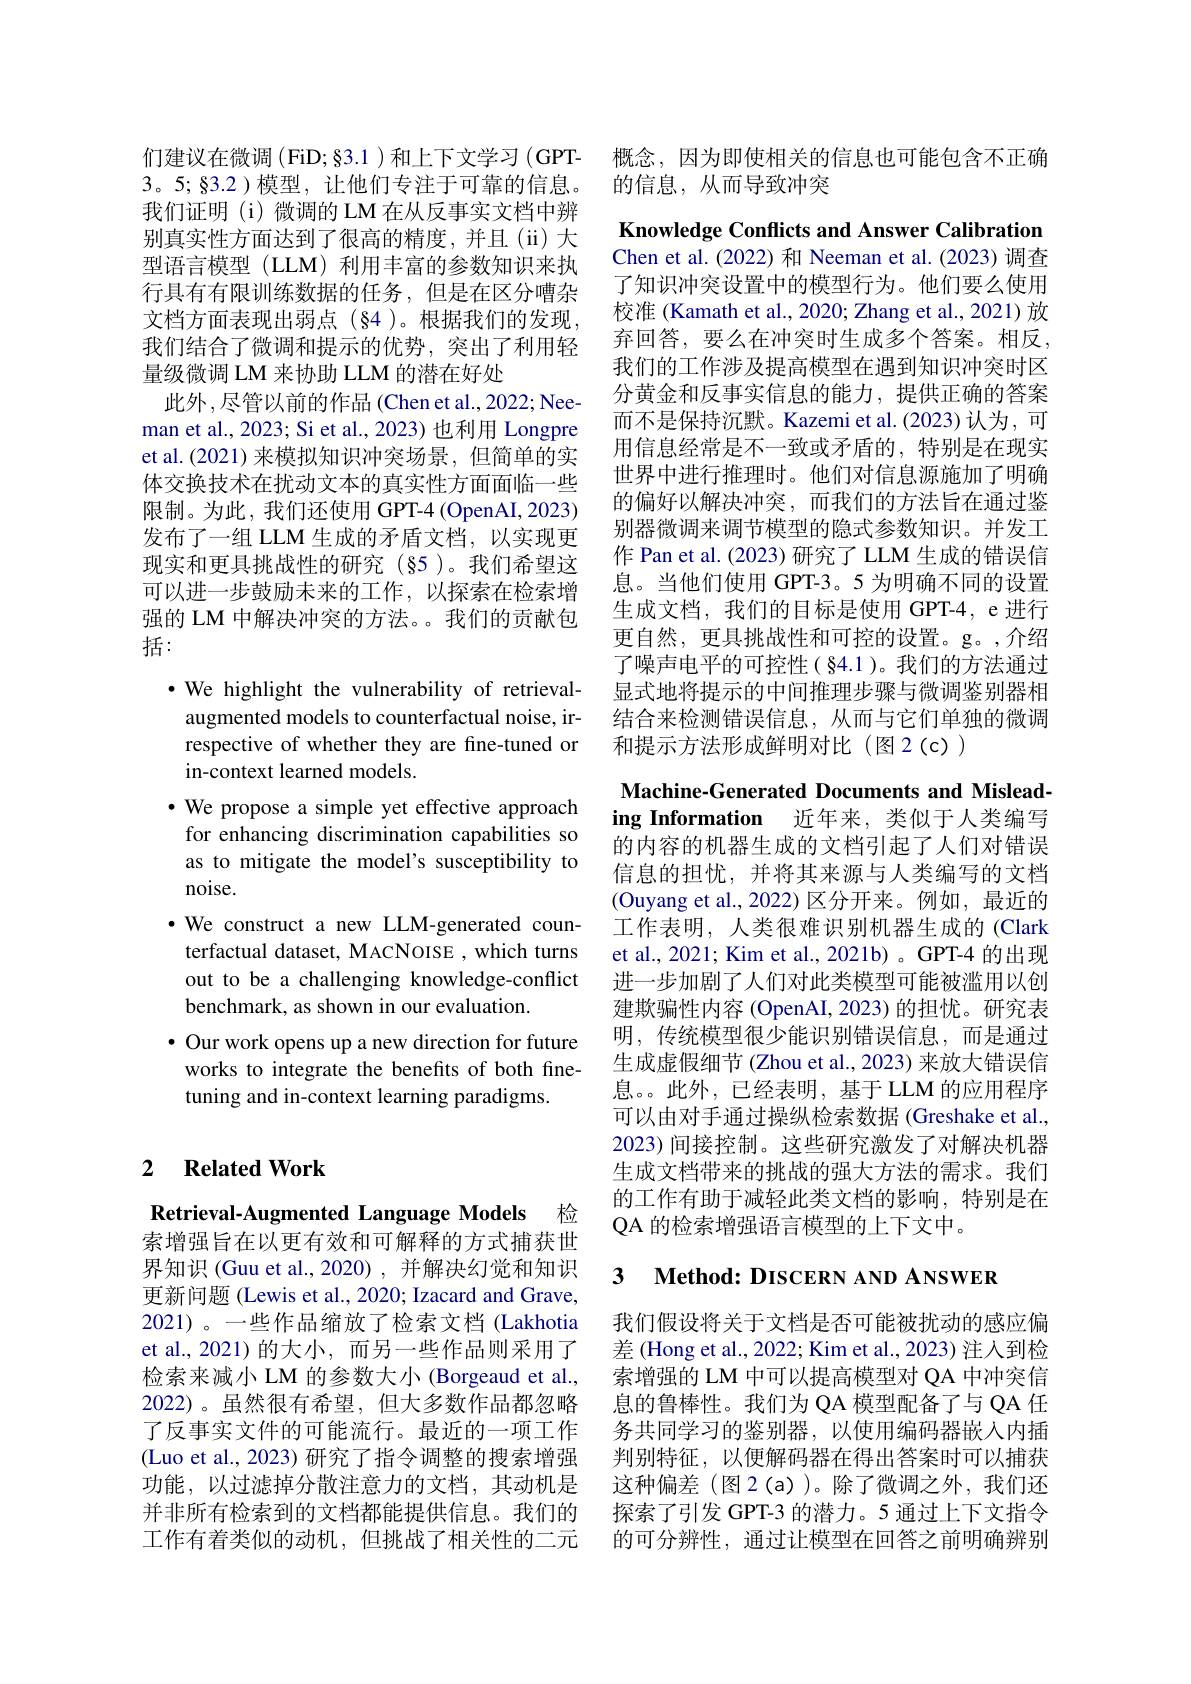
们建议在微调 (FiD;§3.1 )和上下文学习 (GPT- 3。5;§3.2 )模型，让他们专注于可靠的信息。我们证明(i)微调的 LM 在从反事实文档中辨别真实性方面达到了很高的精度，并且(ii)大型语言模型 (LLM) 利用丰富的参数知识来执行具有有限训练数据的任务，但是在区分嘈杂文档方面表现出弱点(84)。根据我们的发现， 我们结合了微调和提示的优势，突出了利用轻量级微调 LM 来协助 LLM 的潜在好处
此外，尽管以前的作品(Chen et al., 2022; Neeman et al., 2023; Si et al., 2023) 也利用 Longpre et al.(2021) 来模拟知识冲突场景，但简单的实体交换技术在扰动文本的真实性方面面临一些限制。为此，我们还使用 GPT-4 (OpenAI, 2023) 发布了一组 LLM 生成的矛盾文档，以实现更现实和更具挑战性的研究(§5)。我们希望这可以进一步鼓励未来的工作，以探索在检索增强的 LM 中解决冲突的方法。。我们的贡献包括：

$\cdot$ We highlight the vulnerability of retrieval-

augmented models to counterfactual noise, ir-

respective of whether they are fine-tuned or

in-context learned models.

$\bullet$ We propose a simple yet effective approach

for enhancing discrimination capabilities so

as to mitigate the model's susceptibility to

noise.

·We construct a new LLM-generated coun-

terfactual dataset, MACNOISE , which turns

out to be a challenging knowledge-conflict

benchmark, as shown in our evaluation.

$\bullet$ Our work opens up a new direction for future

works to integrate the benefits of both fine-

tuning and in-context learning paradigms.

## 2 $\textbf{Related Work}$

Retrieval-Augmented Language Models 检索增强旨在以更有效和可解释的方式捕获世界知识 (Guu et al., 2020) , 并解决幻觉和知识更新问题 (Lewis et al., 2020; Izacard and Grave, 2021)。一些作品缩放了检索文档(Lakhotia et al.,2021)的大小，而另一些作品则采用了检索来减小 LM 的参数大小 (Borgeaud et al., 2022)。虽然很有希望，但大多数作品都忽略了反事实文件的可能流行。最近的一项工作(Luo et al., 2023) 研究了指令调整的搜索增强功能，以过滤掉分散注意力的文档，其动机是并非所有检索到的文档都能提供信息。我们的工作有着类似的动机，但挑战了相关性的二元

概念，因为即使相关的信息也可能包含不正确
的信息，从而导致冲突

Knowledge Conflicts and Answer Calibration Chen et al.(2022) 和 Neeman et al.(2023)调查了知识冲突设置中的模型行为。他们要么使用校准 (Kamath et al., 2020; Zhang et al., 2021) 放弃回答，要么在冲突时生成多个答案。相反， 我们的工作涉及提高模型在遇到知识冲突时区分黄金和反事实信息的能力，提供正确的答案而不是保持沉默。Kazemi et al.(2023)认为，可用信息经常是不一致或矛盾的，特别是在现实世界中进行推理时。他们对信息源施加了明确的偏好以解决冲突，而我们的方法旨在通过鉴别器微调来调节模型的隐式参数知识。并发工作 Pan et al. (2023) 研究了 LLM 生成的错误信息。当他们使用 GPT-3。5 为明确不同的设置生成文档，我们的目标是使用 GPT-4, e 进行更自然，更具挑战性和可控的设置。g。,介绍了噪声电平的可控性( 84.1 )。我们的方法通过显式地将提示的中间推理步骤与微调鉴别器相结合来检测错误信息，从而与它们单独的微调和提示方法形成鲜明对比(图2(c))
Machine-Generated Documents and Misleading Information 近年来，类似于人类编写的内容的机器生成的文档引起了人们对错误信息的担忧，并将其来源与人类编写的文档(Ouyang et al.,2022)区分开来。例如，最近的工作表明，人类很难识别机器生成的(Clark et al., 2021; Kim et al., 2021b) 。GPT-4 的出现进一步加剧了人们对此类模型可能被滥用以创建欺骗性内容 (OpenAI, 2023) 的担忧。研究表明，传统模型很少能识别错误信息，而是通过生成虚假细节 (Zhou et al.,2023) 来放大错误信息。。此外，已经表明，基于 LLM 的应用程序可以由对手通过操纵检索数据 (Greshake et al. 2023) 间接控制。这些研究激发了对解决机器生成文档带来的挑战的强大方法的需求。我们的工作有助于减轻此类文档的影响，特别是在QA 的检索增强语言模型的上下文中。

3 $\textbf{Method: DISCERN AND ANSWER}$

我们假设将关于文档是否可能被扰动的感应偏差 (Hong et al., 2022; Kim et al., 2023) 注人到检索增强的 LM 中可以提高模型对 QA 中冲突信息的鲁棒性。我们为 QA 模型配备了与 QA 任务共同学习的鉴别器，以使用编码器嵌人内插判别特征，以便解码器在得出答案时可以捕获这种偏差(图2(a))。除了微调之外，我们还探索了引发 GPT-3 的潜力。5 通过上下文指令的可分辨性，通过让模型在回答之前明确辨别